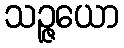
သဉ္ဇယော